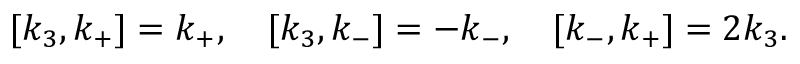
[ k _ { 3 } , k _ { + } ] = k _ { + } , \quad [ k _ { 3 } , k _ { - } ] = - k _ { - } , \quad [ k _ { - } , k _ { + } ] = 2 k _ { 3 } .